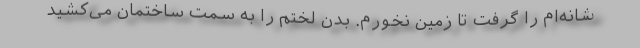
شانه‌ام را گرفت تا زمین نخورم. بدن لختم را به سمت ساختمان می‌کشید